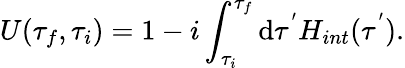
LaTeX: U(\tau_{f},\tau_{i})=1-i\int_{\tau_{i}}^{\tau_{f}}\mathrm{d}\tau^{'}H_{int}(\tau^{'}).